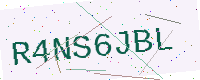
Text: R4NS6JBL